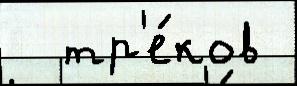
  тр'е́ков